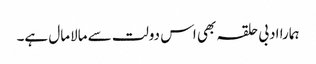
ہمارا ادبی حلقہ بھی اس دولت سے مالامال ہے۔